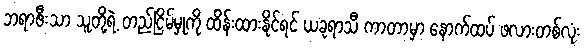
ဘရာဇီးသာ သူတို့ရဲ့ တည်ငြိမ်မှုကို ထိန်းထားနိုင်ရင် ယခုရာသီ ကာတာမှာ နောက်ထပ် ဖလားတစ်လုံး